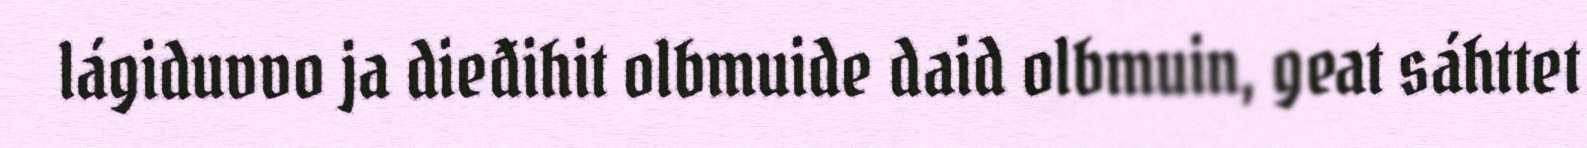
lágiduvvo ja dieđihit olbmuide daid olbmuin, geat sáhttet